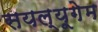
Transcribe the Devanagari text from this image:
सयल्यूगेम